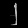
Digit: ၂